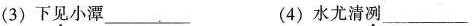
(3)下见小潭___(4)水尤清冽___